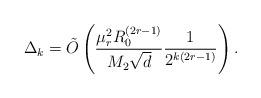
LaTeX: \begin{align*} \Delta_k = \tilde{O}\left(\frac{\mu_r^2 R_0^{(2r - 1)}}{M_2 \sqrt{d}} \frac{1}{2^{k(2r-1)}}\right) .\end{align*}